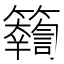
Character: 𥷤